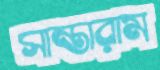
সান্তারাম